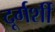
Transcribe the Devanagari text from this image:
दूर्गर्शी